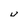
Character: U